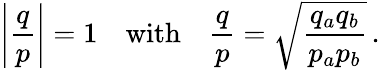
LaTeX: \left|\frac{q}{p}\right|=1\quad\mathrm{with}\quad\frac{q}{p}=\sqrt{\frac{q_{a}q_{b}}{p_{a}p_{b}}}\, .